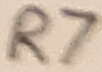
Text: R7